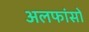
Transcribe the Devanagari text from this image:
अलफांसों